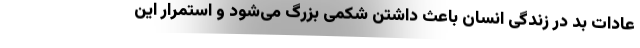
عادات بد در زندگی انسان باعث داشتن شکمی بزرگ می‌شود و استمرار این